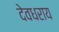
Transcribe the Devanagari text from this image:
देवधराय